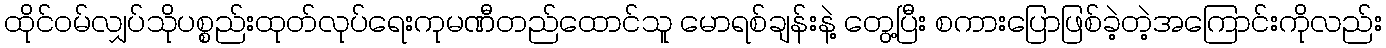
ထိုင်ဝမ်လျှပ်သိုပစ္စည်းထုတ်လုပ်ရေးကုမဏီတည်ထောင်သူ မောရစ်ချန်းနဲ့ တွေ့ပြီး စကားပြောဖြစ်ခဲ့တဲ့အကြောင်းကိုလည်း